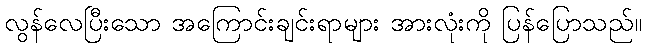
လွန်လေပြီးသော အကြောင်းချင်းရာများ အားလုံးကို ပြန်ပြောသည်။